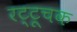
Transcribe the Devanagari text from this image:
रट्टूचक